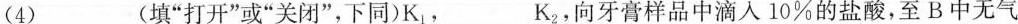
(4)___ (填”打开”或”关闭”，下同)K_{1}，___ K_{2}，向牙膏样品中滴入10\%的盐酸，至B中无气